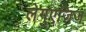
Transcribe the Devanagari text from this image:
लेगुएजिज